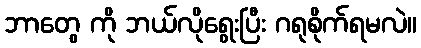
ဘာတွေ ကို ဘယ်လိုရွေးပြီး ဂရုစိုက်ရမလဲ။